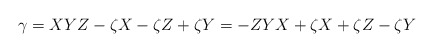
\begin{align*}\gamma = XYZ - \zeta X -\zeta Z +\zeta Y = -ZYX+\zeta X +\zeta Z - \zeta Y\end{align*}